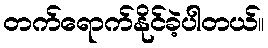
တက်ရောက်နိုင်ခဲ့ပါတယ်။